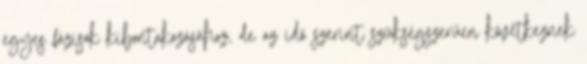
egyes fázisok kibontakozásához, de az idő szerint szükségszerűen következnek